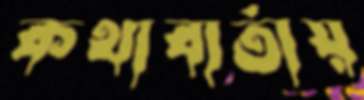
কথাবার্তায়